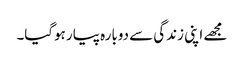
مجھے اپنی زندگی سے دوبارہ پیار ہوگیا۔